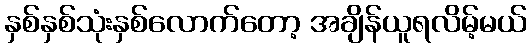
နှစ်နှစ်သုံးနှစ်လောက်တော့ အချိန်ယူရလိမ့်မယ်